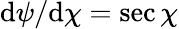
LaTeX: \mathrm d\psi/\mathrm d\chi=\sec\chi